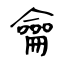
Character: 龠